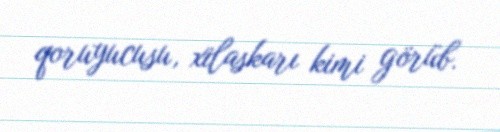
qoruyucusu, xilaskarı kimi görüb.